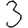
Digit: 3